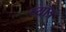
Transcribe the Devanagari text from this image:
प्यॉत्र